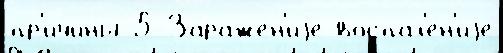
пр'ичи́ны 5 Зараже́н'иjе воспал'е́н'иjе